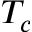
T _ { c }